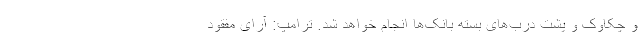
و چکاوک و پشت درب‌های بسته بانک‌ها انجام خواهد شد. ترامپ: آرای مفقود